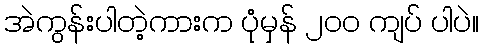
အဲကွန်းပါတဲ့ကားက ပုံမှန် ၂၀၀ ကျပ် ပါပဲ။